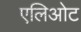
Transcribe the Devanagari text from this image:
एलिओट